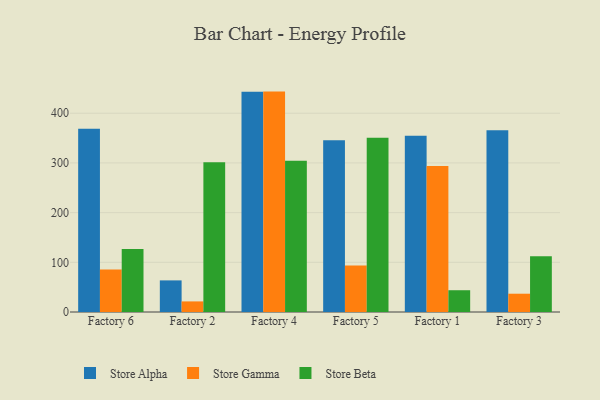
{"axis": {"x": "Factory", "y": "Production Output"}, "legend": ["Store Alpha", "Store Beta", "Store Gamma"], "data": [{"x": "Factory 6", "y": 368.8, "type": "Store Alpha"}, {"x": "Factory 6", "y": 85.7, "type": "Store Gamma"}, {"x": "Factory 6", "y": 127.0, "type": "Store Beta"}, {"x": "Factory 2", "y": 63.6, "type": "Store Alpha"}, {"x": "Factory 2", "y": 21.3, "type": "Store Gamma"}, {"x": "Factory 2", "y": 301.1, "type": "Store Beta"}, {"x": "Factory 4", "y": 443.0, "type": "Store Alpha"}, {"x": "Factory 4", "y": 443.5, "type": "Store Gamma"}, {"x": "Factory 4", "y": 304.4, "type": "Store Beta"}, {"x": "Factory 5", "y": 345.4, "type": "Store Alpha"}, {"x": "Factory 5", "y": 93.8, "type": "Store Gamma"}, {"x": "Factory 5", "y": 350.5, "type": "Store Beta"}, {"x": "Factory 1", "y": 354.9, "type": "Store Alpha"}, {"x": "Factory 1", "y": 293.7, "type": "Store Gamma"}, {"x": "Factory 1", "y": 43.8, "type": "Store Beta"}, {"x": "Factory 3", "y": 365.6, "type": "Store Alpha"}, {"x": "Factory 3", "y": 36.8, "type": "Store Gamma"}, {"x": "Factory 3", "y": 112.2, "type": "Store Beta"}]}